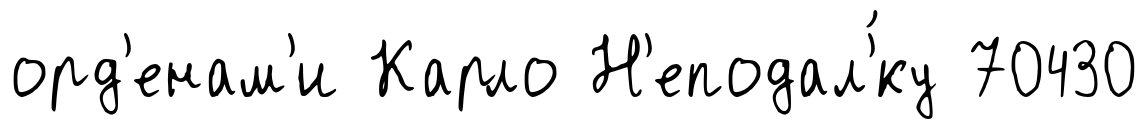
орд'енам'и Карло Н'еподал'́ку 70430